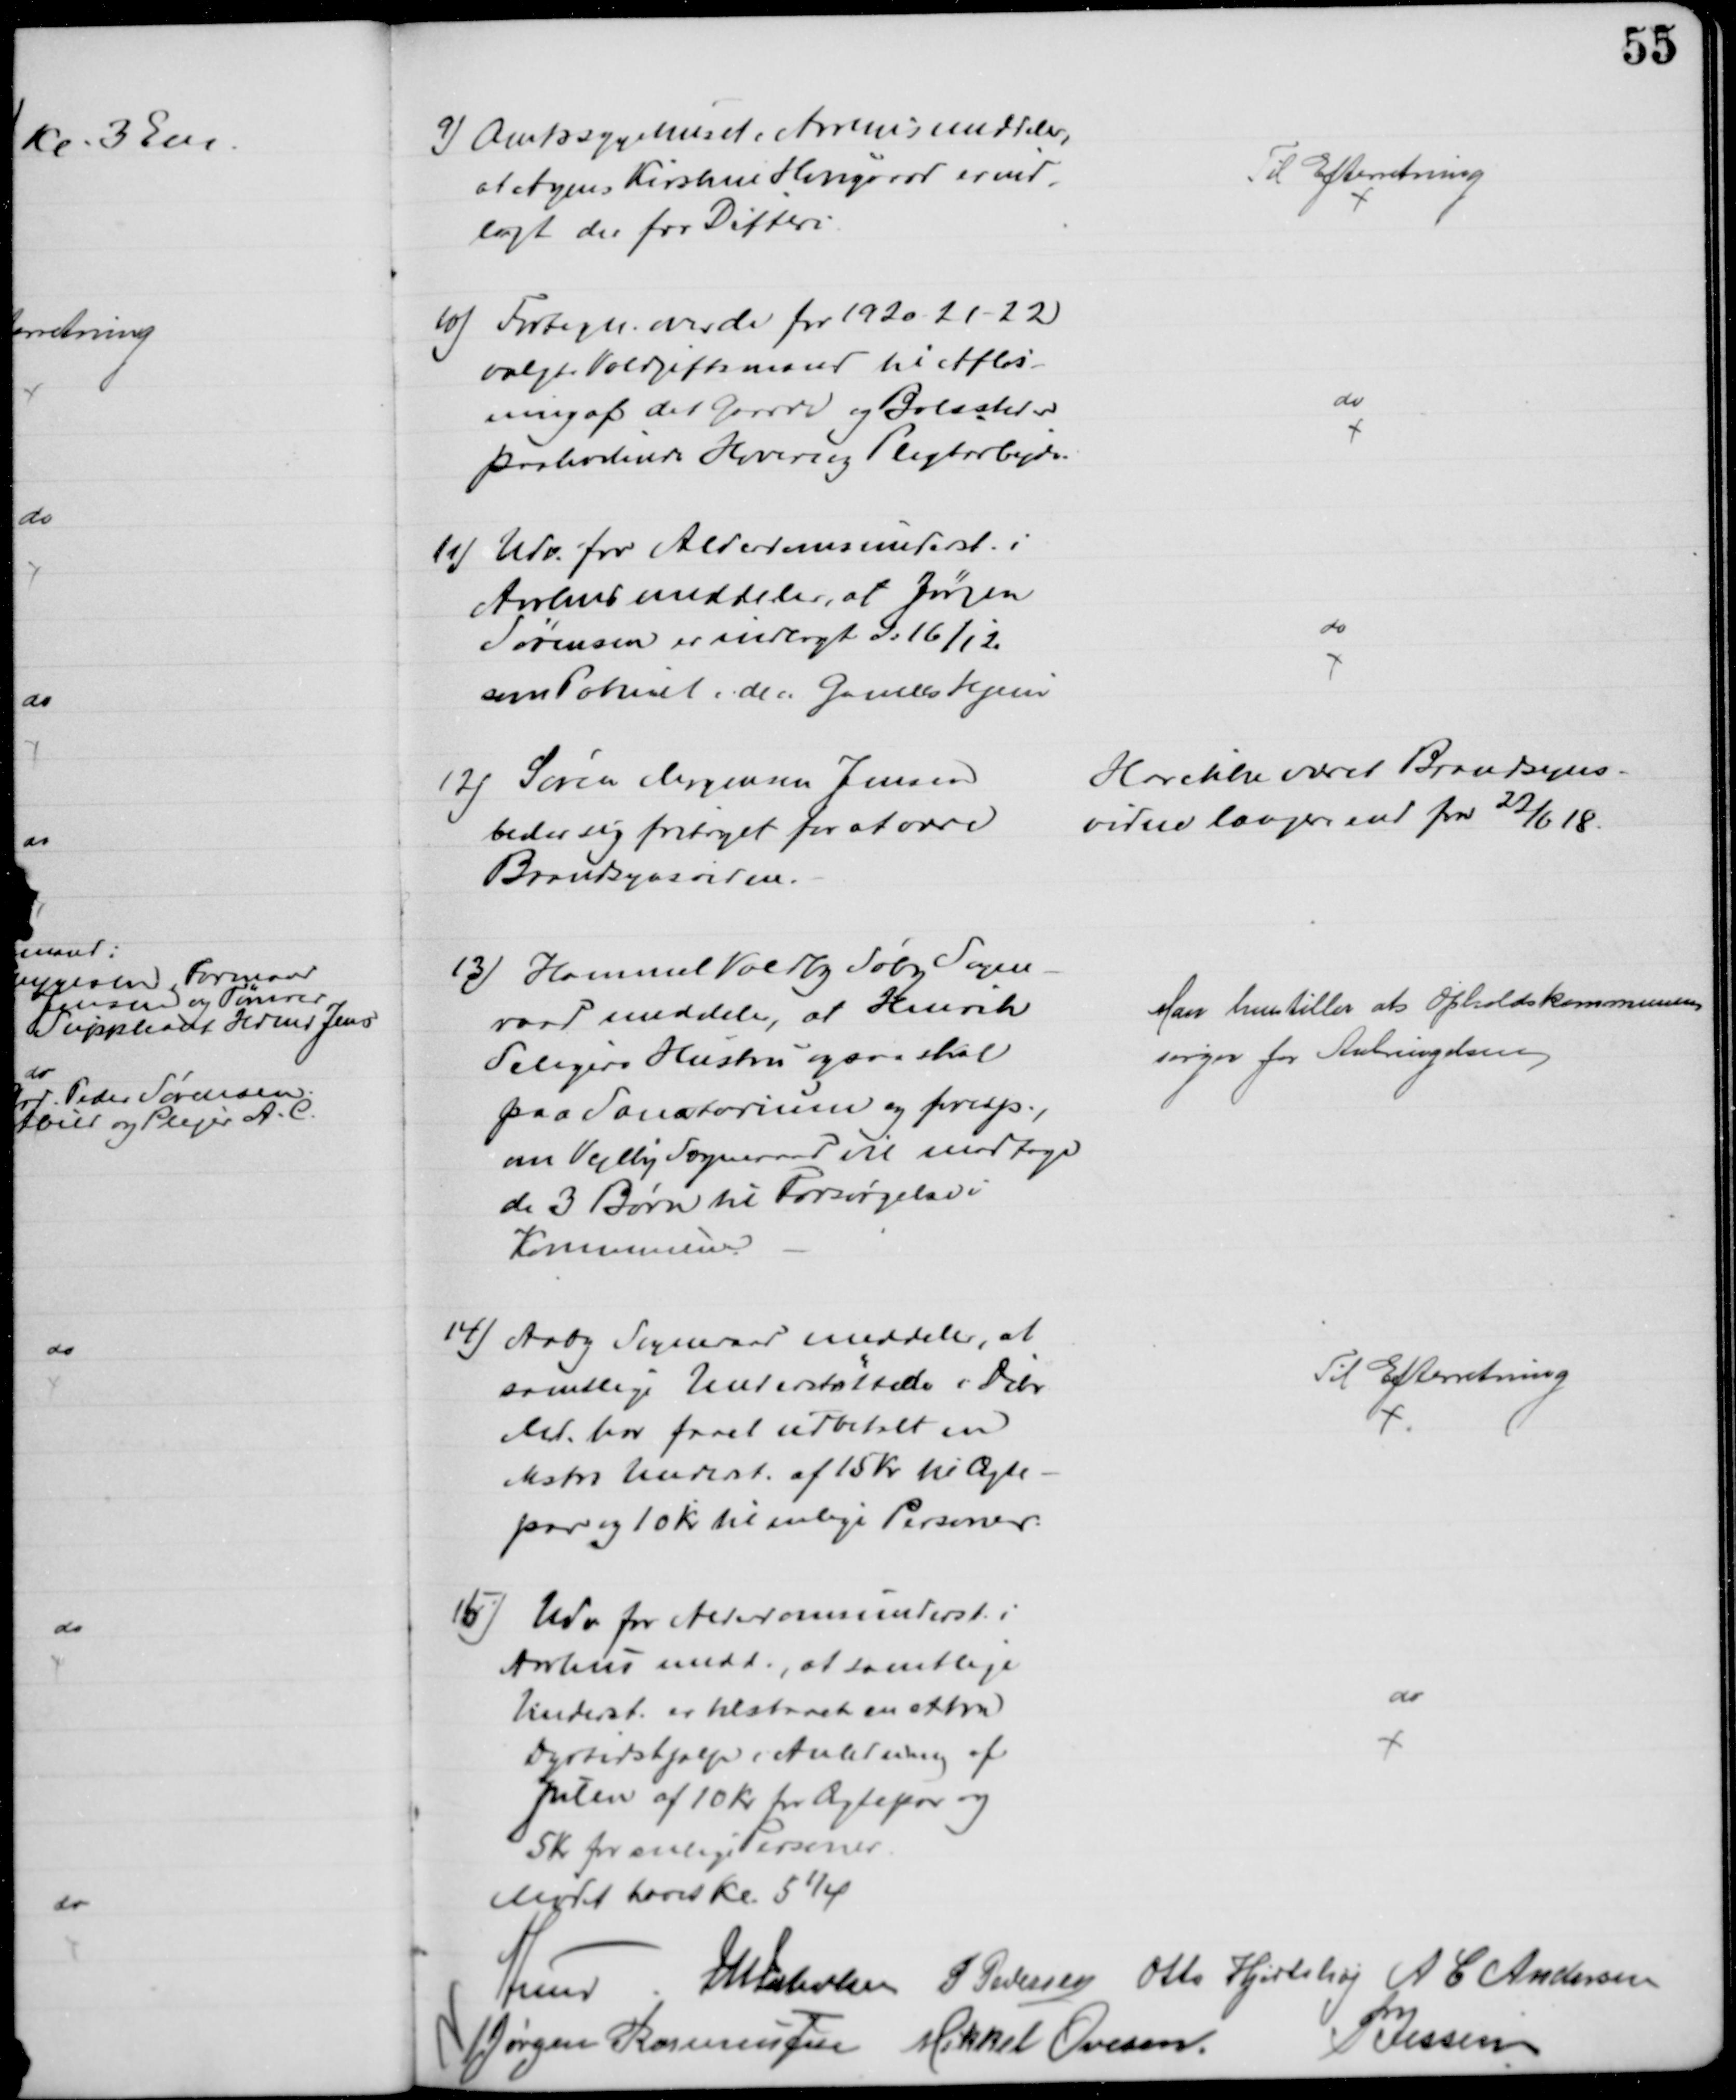
Transskription:
9) Amtssygehuset i Aarhus meddeler,
at Agnes Kirstine Haugaard er ind-
lagt der for Difteri
Til Efterretning
10) Fortegn. over de for 1920-21-22
valgte Voldgiftsmænd til Afløs-
ning af det Gaarde og Boelsteder
paahvilende Hoveri og Pligtarbejde
do
11) Udv. for Alderdomsunderst. i
Aarhus meddeler, at Jørgen
Sørensen er indlagt d: 16/12
som Patient i de "Gamles Hjem"
do
12) Søren Mogensen Jensen
beder sig fritaget for at være
Brandsynsvidne.
Har ikke været Brandsyns-
vidne længere end fra 22/6 18.
13) Hammel Voldby Søby Sogne-
raad meddeler, at Henrik
Seligers Hustru ogsaa skal
paa Sanatorium og foresp.,
om Vejlby Sogneraad vil modtage
de 3 Børn til Forsørgelse i
Kommunen
Man henstiller at Opholdskommunen
sørger for Anbringelsen
14) Aaby Sogneraad meddeler, at
samtlige Understøttede i Dcbr
Md. har faaet udbetalt en
ekstra Underst. af 15 Kr til Ægte-
par og 10 Kr til enlige Personer.
Til Efterretning
15) Udv for Alderdomsunderst. i
Aarhus medd., at samtlige
Underst. er tilstaaet en ekstra
Dyrtidshjælp i Anledning af
Julen af 10 Kr for Ægtepar og
5 Kr for enlige Personer
Mødet hævet Kl. 5¼
do
A Lund J M Jakobsen
P Pedersen Otto Hjortshøj A C Andersen
Jørgen Rasmussen
Mikkel Ovesen.
P. Jessen